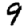
Digit: 9